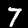
Digit: 7